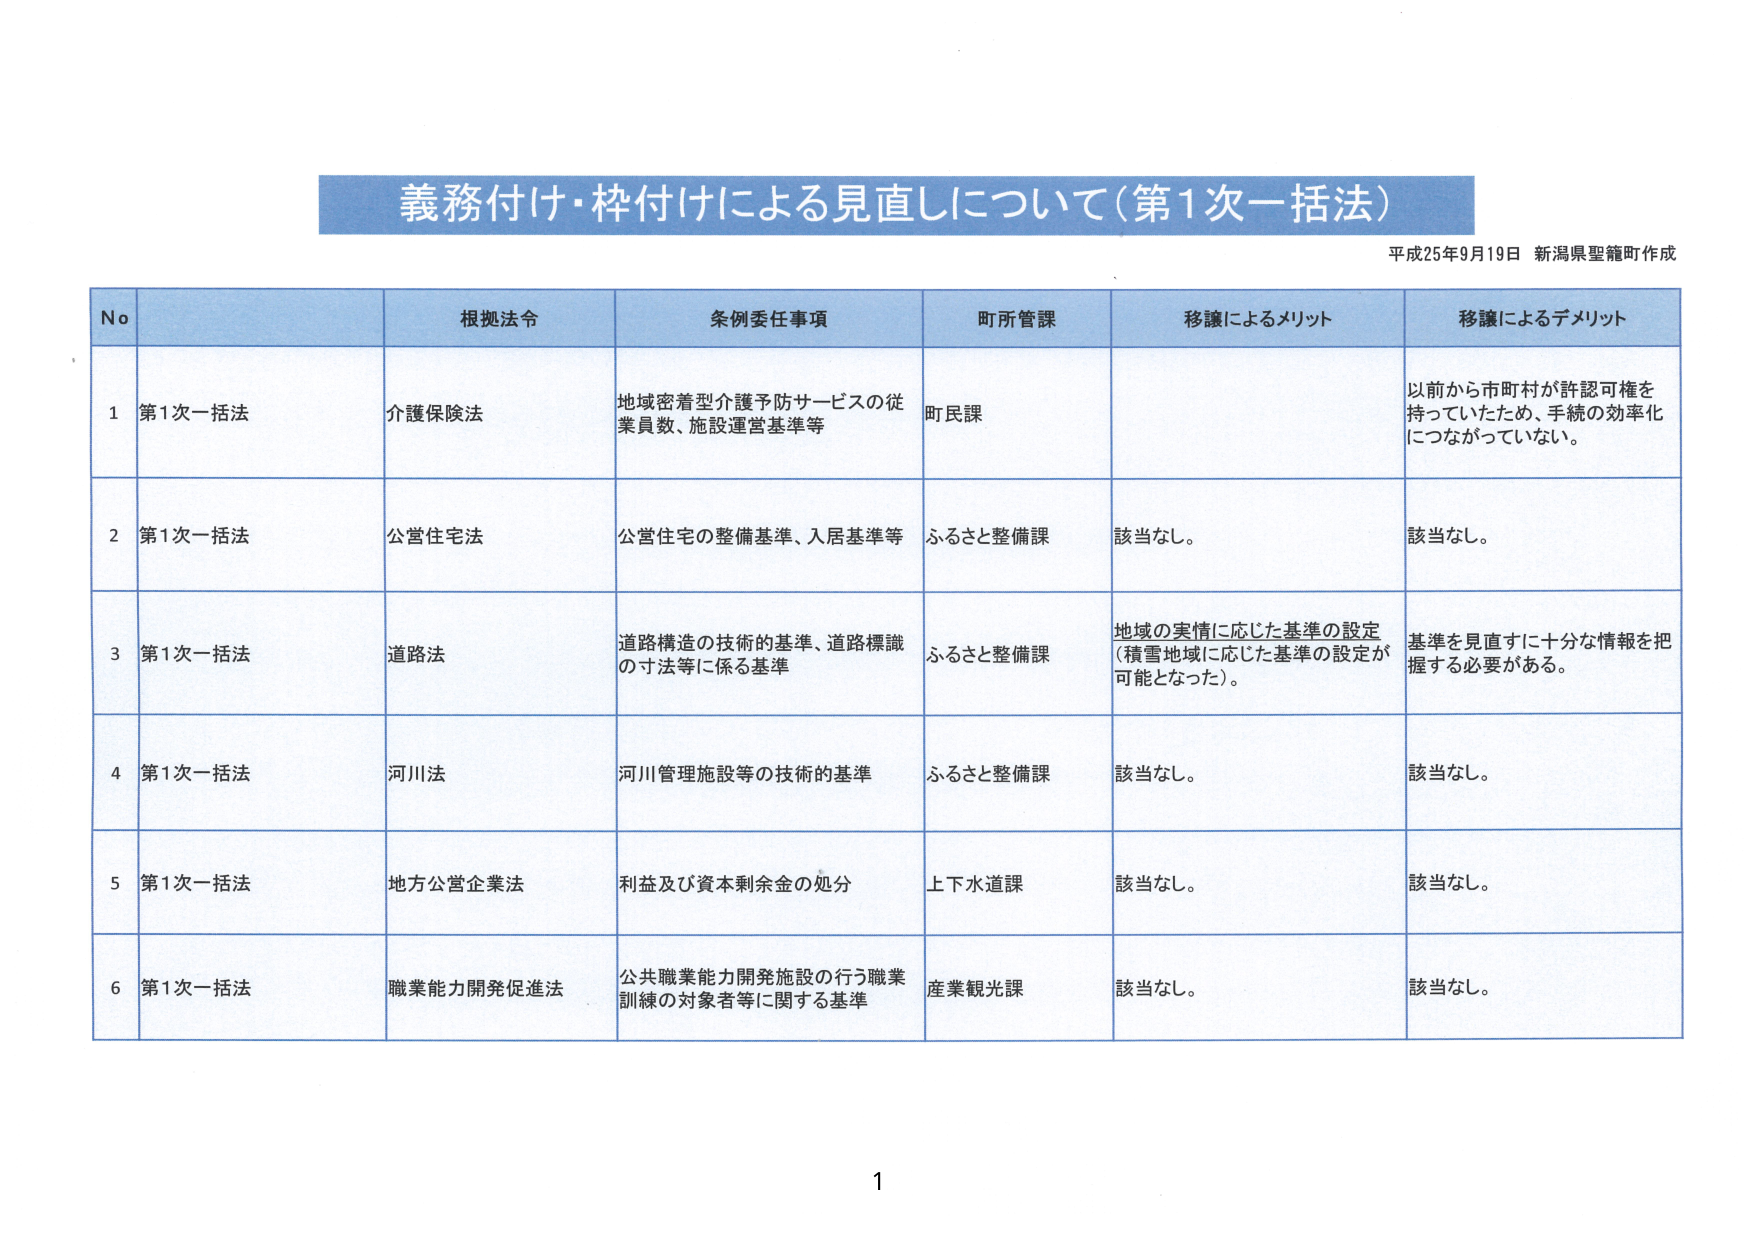
義務付け・枠付けによる見直しについて（第1次一括法）

平成25年9月19日 新潟県聖籠町作成

No 根拠法令 条例委任事項 町所管課 移譲によるメリット 移譲によるデメリット

1 第1次一括法 介護保険法 地域密着型介護予防サービスの従業員数、施設運営基準等 町民課 以前から市町村が許認可権を持っていたため、手続の効率化につながっていない。

2 第1次一括法 公営住宅法 公営住宅の整備基準、入居基準等 ふるさと整備課 該当なし。 該当なし。

3 第1次一括法 道路法 道路構造の技術的基準、道路標識の寸法等に係る基準 ふるさと整備課 地域の実情に応じた基準の設定（積雪地域に応じた基準の設定が可能となった）。 基準を見直すに十分な情報を把握する必要がある。

4 第1次一括法 河川法 河川管理施設等の技術的基準 ふるさと整備課 該当なし。 該当なし。

5 第1次一括法 地方公営企業法 利益及び資本剰余金の処分 上下水道課 該当なし。 該当なし。

6 第1次一括法 職業能力開発促進法 公共職業能力開発施設の行う職業訓練の対象者等に関する基準 産業観光課 該当なし。 該当なし。

1